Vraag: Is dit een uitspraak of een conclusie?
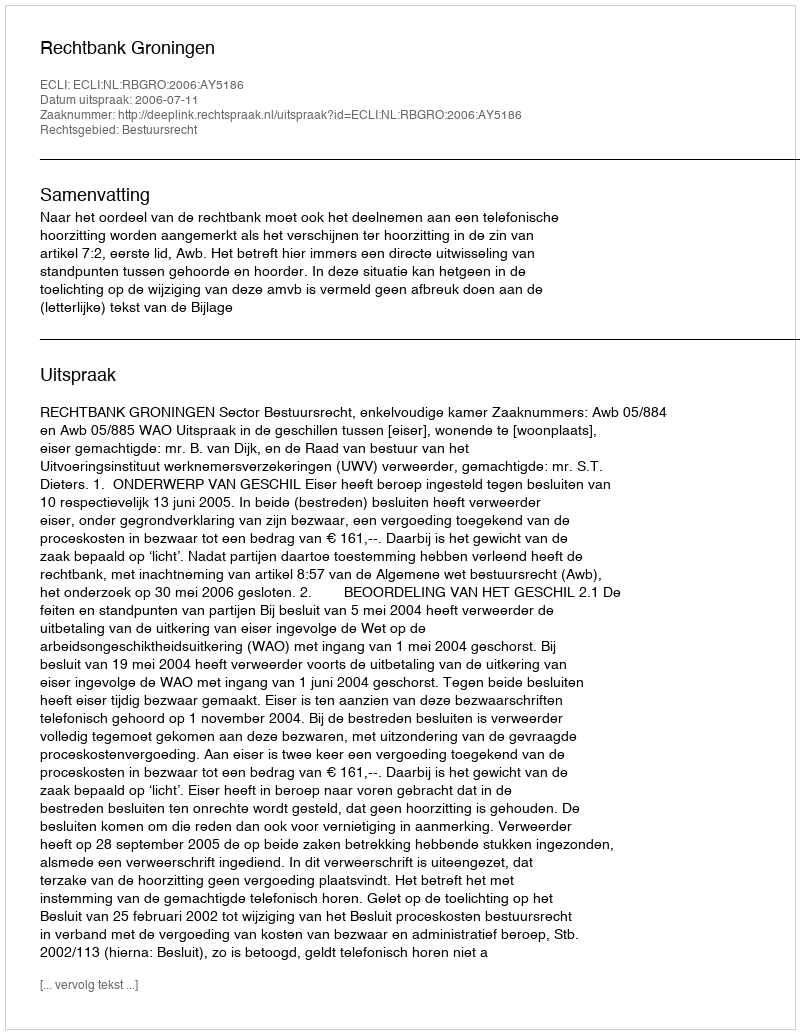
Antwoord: Uitspraak